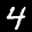
Label: 4